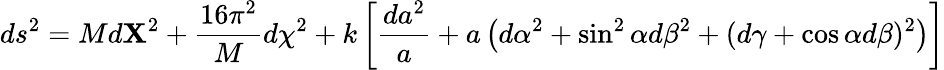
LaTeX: ds^{2}=Md{\mathbf X}^{2}+{\frac{16\pi^{2}}{M}}d\chi^{2}+k\left[{\frac{da^{2}}{a}}+a\left(d\alpha^{2}+\sin^{2}\alpha d\beta^{2}+(d\gamma+\cos\alpha d\beta)^{2}\right)\right]